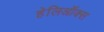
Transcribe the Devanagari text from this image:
हेलिऑक्स